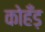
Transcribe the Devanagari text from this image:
कोहँड़